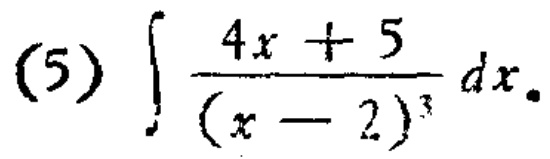
\((5)\int \frac{4x + 5}{(x - 2)^3}dx\)